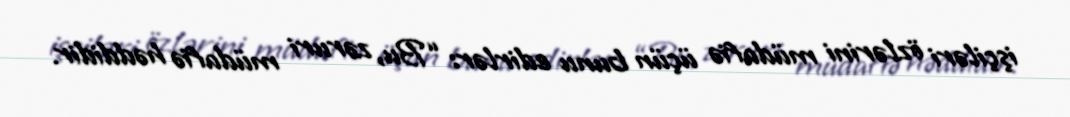
işçiləri özlərini müdafiə üçün bunu edirlər: “Bu, zəruri müdafiə həddidir.